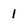
Character: l